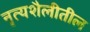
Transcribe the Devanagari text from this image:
नृत्यशैलीतील